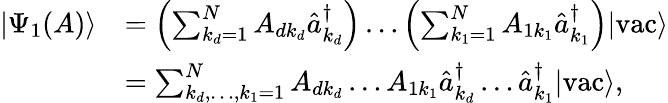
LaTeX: \begin{array}{rl}{|\Psi_{1}(A)\rangle}&{=\left(\sum_{k_{d}=1}^{N}A_{dk_{d}}\hat{a}_{k_{d}}^{\dagger}\right)\ldots\left(\sum_{k_{1}=1}^{N}A_{1k_{1}}\hat{a}_{k_{1}}^{\dagger}\right)|\textrm{vac}\rangle}\\ &{=\sum_{k_{d},\ldots,k_{1}=1}^{N}A_{dk_{d}}\ldots A_{1k_{1}}\hat{a}_{k_{d}}^{\dagger}\ldots\hat{a}_{k_{1}}^{\dagger}|\textrm{vac}\rangle,}\end{array}